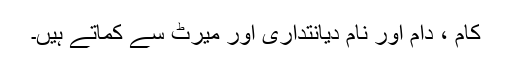
کام ، دام اور نام دیانتداری اور میرٹ سے کماتے ہیں۔